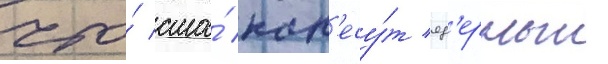
что́ сша́ нан'есу́т яд'ерныи